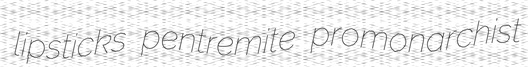
lipsticks pentremite promonarchist